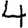
Digit: 4